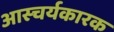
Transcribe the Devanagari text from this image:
आस्चर्यकारक